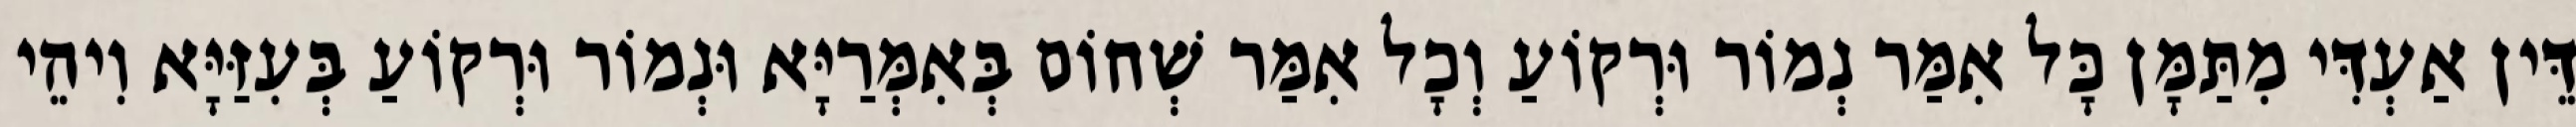
דֵּין אַעְדִּי מִתַּמָּן כָּל אִמַּר נְמוֹר וּרְקוֹעַ וְכָל אִמַּר שְׁחוֹם בְּאִמְּרַיָּא וּנְמוֹר וּרְקוֹעַ בְּעִזַּיָּא וִיהֵי